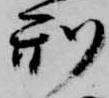
刑